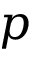
p